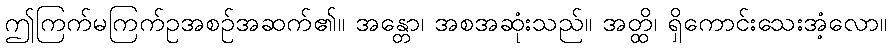
ဤကြက်မကြက်ဥအစဉ်အဆက်၏။ အန္တော၊ အစအဆုံးသည်။ အတ္ထိ၊ ရှိကောင်းသေးအံ့လော။